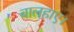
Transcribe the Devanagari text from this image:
बालहाए।